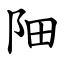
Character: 䧃